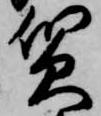
質